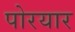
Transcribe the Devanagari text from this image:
पोरयार